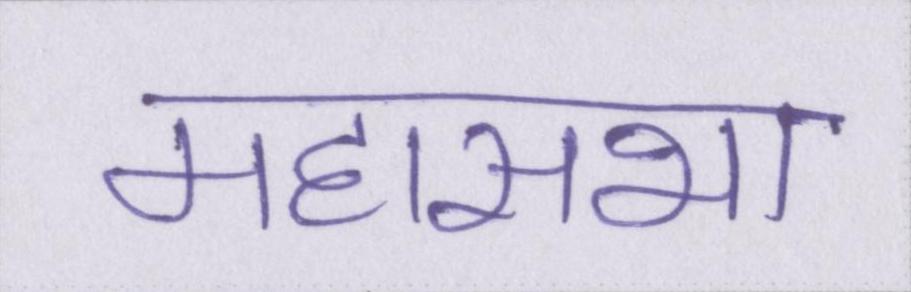
महासभा